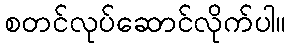
စတင်လုပ်ဆောင်လိုက်ပါ။